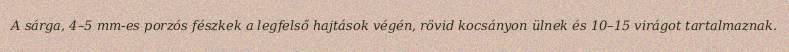
A sárga, 4–5 mm-es porzós fészkek a legfelső hajtások végén, rövid kocsányon ülnek és 10–15 virágot tartalmaznak.